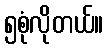
၅စုံလိုတယ်။